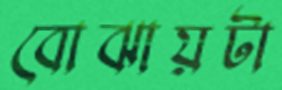
বোঝায়টা